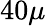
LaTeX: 40\mu